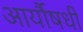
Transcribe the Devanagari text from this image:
आर्यौषधी